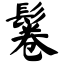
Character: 鬈